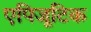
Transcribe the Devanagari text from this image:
एपिजूटिक